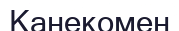
Канекомен